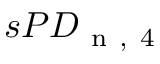
s P D _ { \mathrm { ~ n ~ , ~ 4 ~ } }